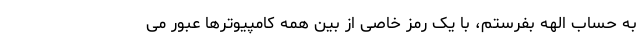
به حساب الهه بفرستم، با یک رمز خاصی از بین همه کامپیوترها عبور می